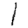
Digit: 1